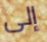
إلى